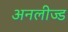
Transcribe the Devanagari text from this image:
अनलीज्ड